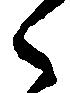
々